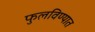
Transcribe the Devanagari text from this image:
फुलविण्यात